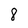
Character: 8